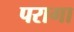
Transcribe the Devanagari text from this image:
परागा